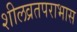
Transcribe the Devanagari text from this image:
शीलव्रतपराभास